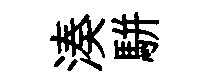
湊駢